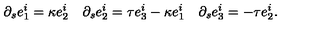
\partial _ { s } e _ { 1 } ^ { i } = \kappa e _ { 2 } ^ { i } \quad \partial _ { s } e _ { 2 } ^ { i } = \tau e _ { 3 } ^ { i } - \kappa e _ { 1 } ^ { i } \quad \partial _ { s } e _ { 3 } ^ { i } = - \tau e _ { 2 } ^ { i } .